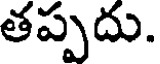
తప్పదు.